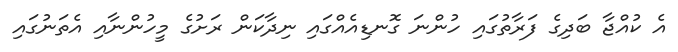
އެ ކުއްޖާ ބަދިގެ ފަރާތުގައި ހުންނަ ގޮނޑިއެއްގައި ނިދާކަން ރަށުގެ މީހުންނާއި އެތަނުގައި